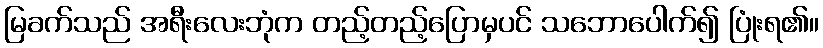
မြခက်သည် အရီးလေးဘုံက တည့်တည့်ပြောမှပင် သဘောပေါက်၍ ပြုံးရ၏။